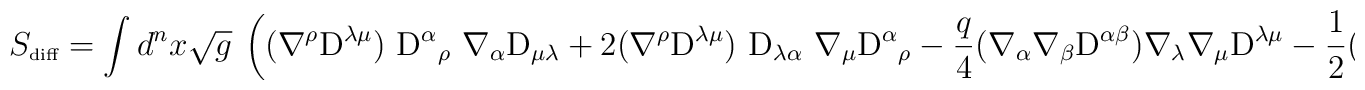
S_{\mbox{\tiny diff}} =  \int d^nx \sqrt{g}~\left( (\nabla^\rho {\rm D}^{\lambda \mu})~{\rm D}^\alpha{}_\rho ~\nabla_\alpha {\rm D}_{\mu \lambda} +2 (\nabla^\rho {\rm D}^{\lambda \mu})~ {\rm D}_{\lambda \alpha}~\nabla_\mu {\rm D}^\alpha{}_{\rho}  -\frac{q}4  (\nabla_\alpha\nabla_\beta {\rm D}^{\alpha \beta}){} \nabla_\lambda \nabla_\mu{}  {\rm D}^{\lambda \mu }{}- \frac12 (\nabla^\alpha {\rm D}^{\beta \gamma})\nabla_\alpha {\rm D}_{\beta \gamma } \right).